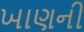
ખાણની